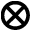
\otimes